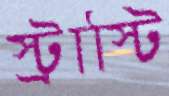
স্ট্রাস্টি